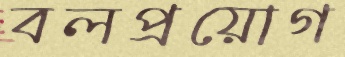
বলপ্রয়োগ